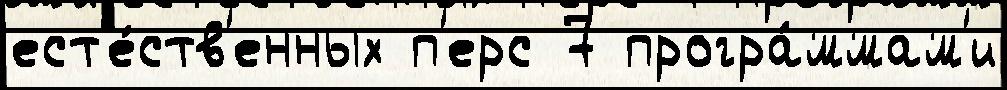
ест'е́ств'енных п'ерс 7 програ́ммам'и